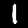
Label: 1